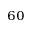
^ { 6 0 }